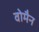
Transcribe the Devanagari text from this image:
वोमैन